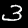
Digit: 3